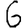
Digit: 6